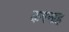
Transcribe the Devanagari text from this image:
करनाह